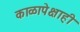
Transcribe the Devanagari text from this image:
काळापेक्षाही